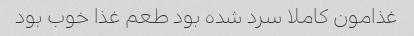
غذامون کاملا سرد شده بود طعم غذا خوب بود